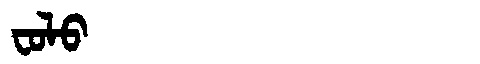
Manchu: ᠸᠣᠯᠣ
Romanization: FOLO